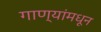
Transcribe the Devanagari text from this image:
गाण्यांमधून